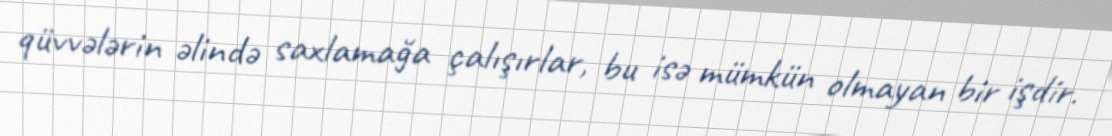
qüvvələrin əlində saxlamağa çalışırlar, bu isə mümkün olmayan bir işdir.